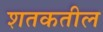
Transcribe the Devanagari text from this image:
शतकतील